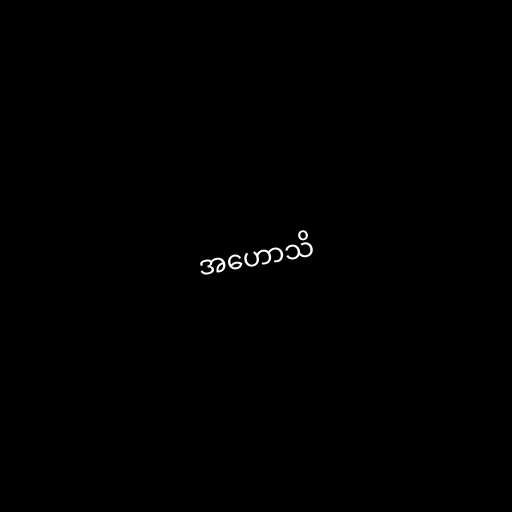
အဟောသိ